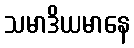
သမာဒိယမာနေ